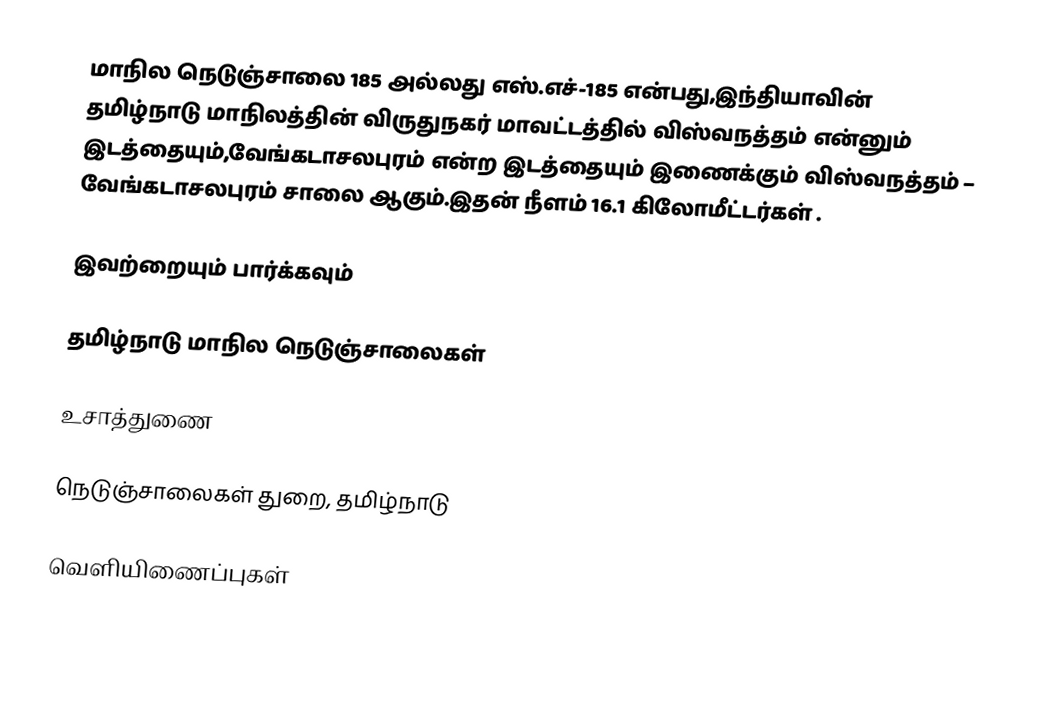
மாநில நெடுஞ்சாலை 185 அல்லது எஸ்.எச்-185  என்பது,இந்தியாவின் தமிழ்நாடு மாநிலத்தின்  விருதுநகர் மாவட்டத்தில்  விஸ்வநத்தம்  என்னும் இடத்தையும்,வேங்கடாசலபுரம்  என்ற இடத்தையும் இணைக்கும் விஸ்வநத்தம் – வேங்கடாசலபுரம் சாலை ஆகும்.இதன் நீளம் 16.1  கிலோமீட்டர்கள் .

இவற்றையும் பார்க்கவும்

 தமிழ்நாடு மாநில நெடுஞ்சாலைகள்

உசாத்துணை

 நெடுஞ்சாலைகள் துறை, தமிழ்நாடு

வெளியிணைப்புகள்